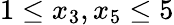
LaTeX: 1\leq x_{3},x_{5}\leq 5